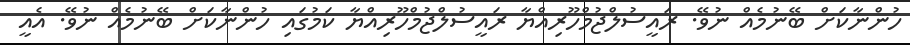
ހުންނާކަށް ބޭނުމެއް ނުވޭ. ރައީސުލްޖުމްހޫރިއްޔާ ރައީސުލްޖުމްހޫރިއްޔާ ކަމުގައި ހުންނާކަށް ބޭނުމެއް ނުވޭ. އެއީ